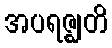
အပရဇ္ဈတိ